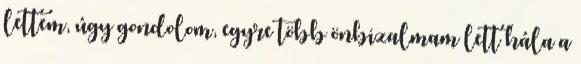
lettem, úgy gondolom, egyre több önbizalmam lett hála a